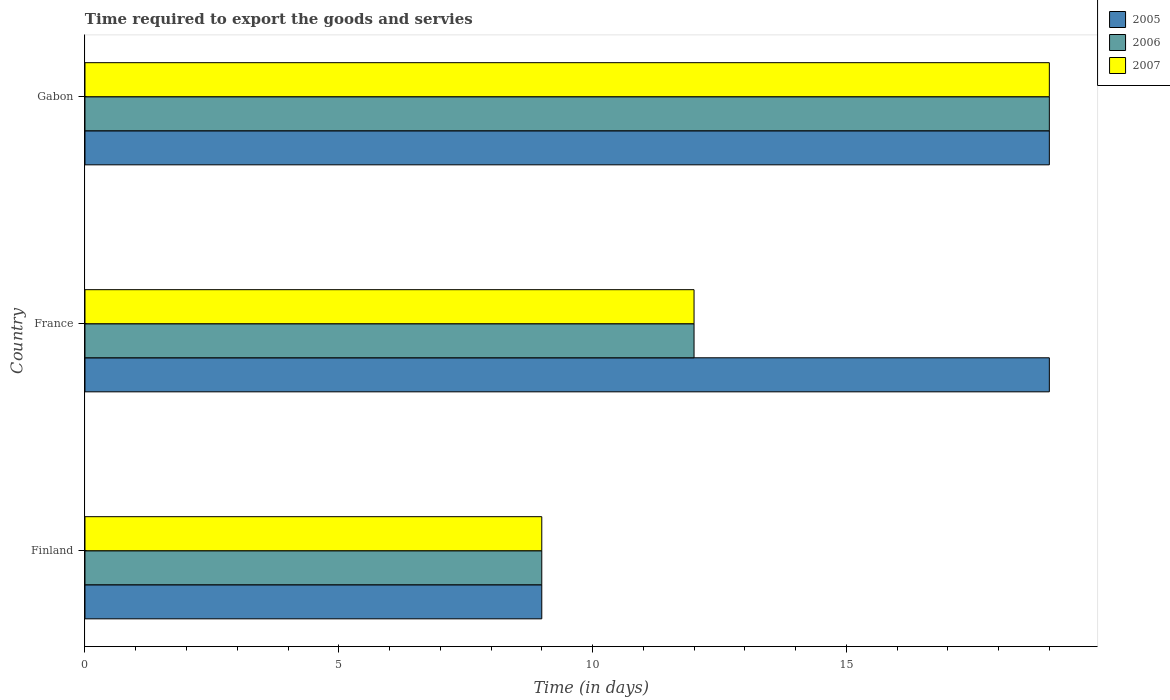
| Country | 2005 | 2006 | 2007 |
 | --- | --- | --- | --- |
 | Finland | 9 | 9 | 9 |
 | France | 19 | 12 | 12 |
 | Gabon | 19 | 19 | 19 |